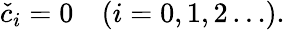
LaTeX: \begin{array}{r}{\check{c}_{i}=0\quad(i=0,1,2\ldots).}\end{array}